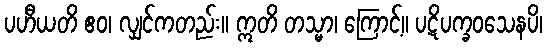
ပဟီယတိ ဧဝ၊ လျှင်ကတည်း။ ဣတိ တသ္မာ၊ ကြောင့်။ ပဋိပက္ခဝသေနပိ၊